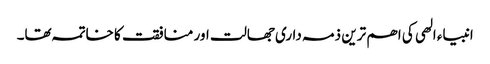
انبیاء الھی کی اھم ترین ذمہ داری جھالت اور منافقت کا خاتمہ تھا۔